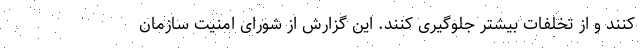
کنند و از تخلفات بیشتر جلوگیری کنند. این گزارش از شورای امنیت سازمان